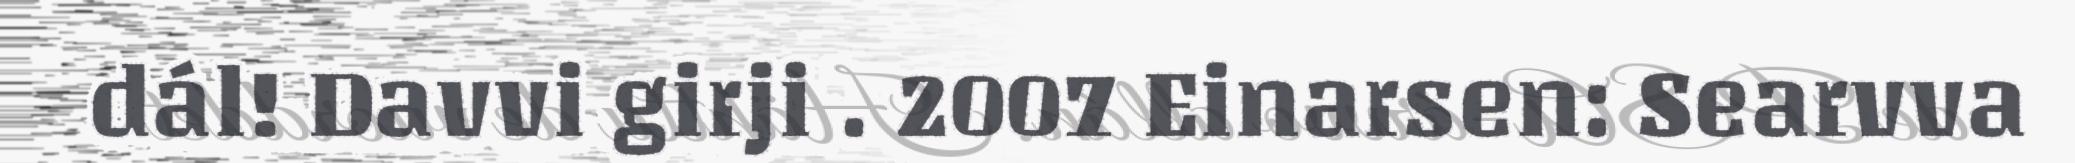
dál! Davvi girji . 2007 Einarsen: Searvva